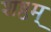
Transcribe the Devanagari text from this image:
शष्ठम्